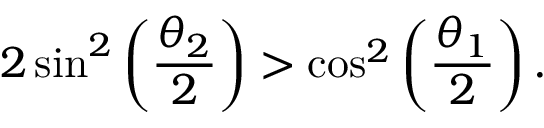
2 \sin ^ { 2 } \left( \frac { \theta _ { 2 } } { 2 } \right) > \cos ^ { 2 } \left( \frac { \theta _ { 1 } } { 2 } \right) .